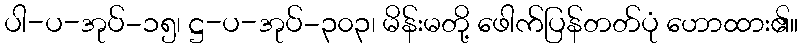
ပါ-ပ-အုပ်-၁၅၊ ဋ္ဌ-ပ-အုပ်-၃၀၃၊ မိန်းမတို့ ဖေါက်ပြန်တတ်ပုံ ဟောထား၏။